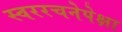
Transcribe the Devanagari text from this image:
स्वररचनेपेक्षा